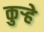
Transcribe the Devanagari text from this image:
कुर्‍हे